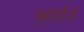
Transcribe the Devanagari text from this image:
लागरेंज